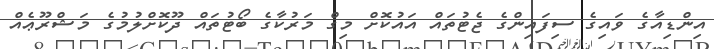
އިންޑިއާގެ ވައިގެ ސިފައިންގެ ޖެޓުތައް އައުކޮށް މިގް މަރުކާގެ ބޯޓުތައް ދޫކޮށްލުމުގެ މަޝްރޫޢެއް